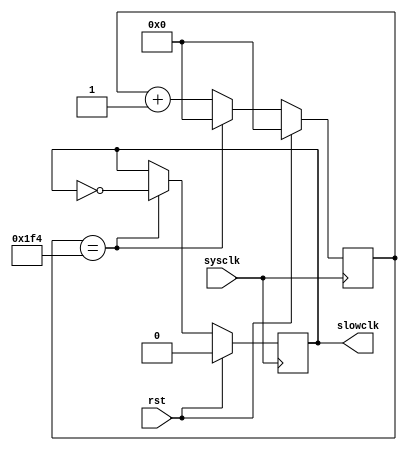
//==============================================================================
// Clock Divider for PUnC LC3 Processor
// Note: Use only on an FPGA
//==============================================================================

module ClockDivider
#(
	parameter SLOWDOWN = 1000 // Factor of Divison
)(
	input      rst,       // Reset
	input      sysclk,    // System clock (50Mhz)
	output reg slowclk    // Slow clock
);

	reg [31:0] count;
	
	always @(posedge sysclk) begin
		if (rst) begin
			count <= 0;
			slowclk <= 0;
		end
		else begin
			if (count == SLOWDOWN/2) begin
				count <= 0;
				slowclk <= ~slowclk;
			end else begin
				count <= count + 1;
			end
		end
	end
endmodule